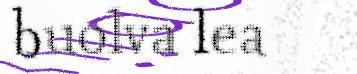
buolva lea